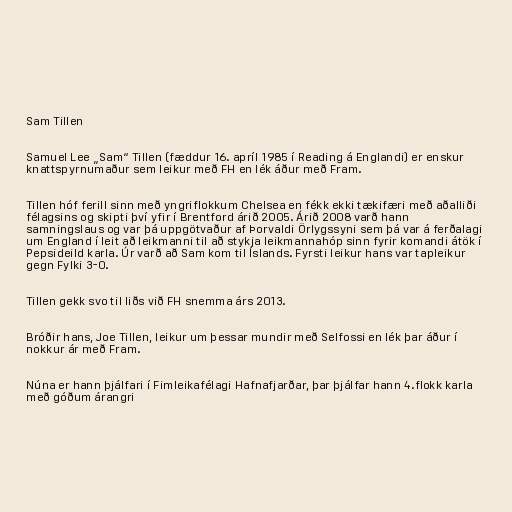
Sam Tillen

Samuel Lee „Sam“ Tillen (fæddur 16. apríl 1985 í Reading á Englandi) er enskur
knattspyrnumaður sem leikur með FH en lék áður með Fram.

Tillen hóf ferill sinn með yngriflokkum Chelsea en fékk ekki tækifæri með aðalliði
félagsins og skipti því yfir í Brentford árið 2005. Árið 2008 varð hann
samningslaus og var þá uppgötvaður af Þorvaldi Örlygssyni sem þá var á ferðalagi
um England í leit að leikmanni til að stykja leikmannahóp sinn fyrir komandi átök í
Pepsideild karla. Úr varð að Sam kom til Íslands. Fyrsti leikur hans var tapleikur
gegn Fylki 3-0.

Tillen gekk svo til liðs við FH snemma árs 2013.

Bróðir hans, Joe Tillen, leikur um þessar mundir með Selfossi en lék þar áður í
nokkur ár með Fram.

Núna er hann þjálfari í Fimleikafélagi Hafnafjarðar, þar þjálfar hann 4.flokk karla
með góðum árangri